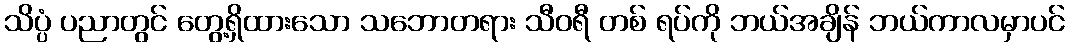
သိပ္ပံ ပညာတွင် တွေ့ရှိထားသော သဘောတရား သီဝရီ တစ် ရပ်ကို ဘယ်အချိန် ဘယ်ကာလမှာပင်